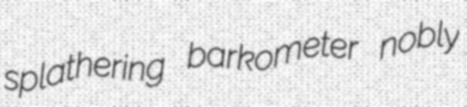
splathering barkometer nobly